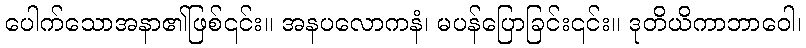
ပေါက်သောအနာ၏ဖြစ်၎င်း။ အနပလောကနံ၊ မပန်ပြောခြင်း၎င်း။ ဒုတိယိကာဘာဝေါ၊